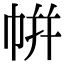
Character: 帲